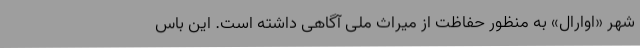
شهر «اوارال» به منظور حفاظت از میراث ملی آگاهی داشته است. این باس